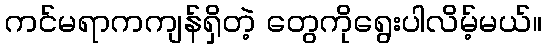
ကင်မရာကကျန်ရှိတဲ့ တွေကိုရွေးပါလိမ့်မယ်။